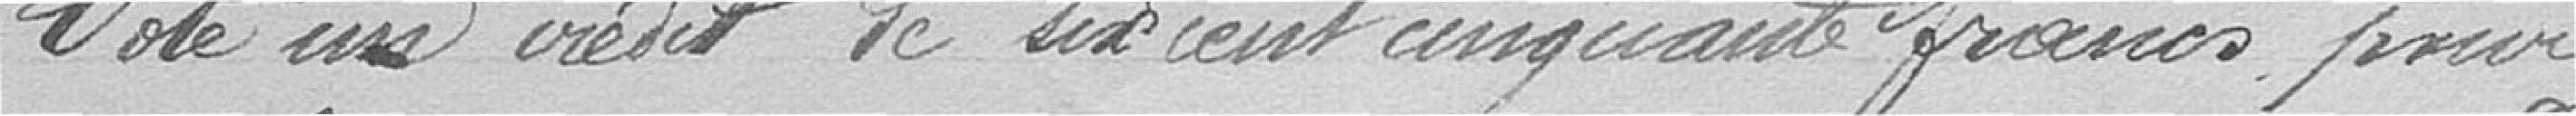
Vote un crédit de six cent cinquante francs pour